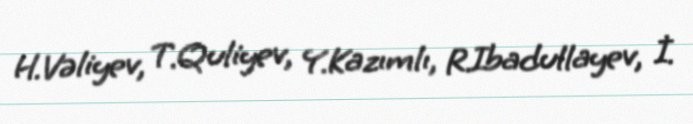
H.Vəliyev, T.Quliyev, Y.Kazımlı, R.Ibadullayev, İ.